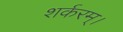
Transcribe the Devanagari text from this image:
शर्करम्।